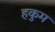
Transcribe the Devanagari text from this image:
हकुम